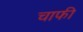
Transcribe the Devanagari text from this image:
चाफी